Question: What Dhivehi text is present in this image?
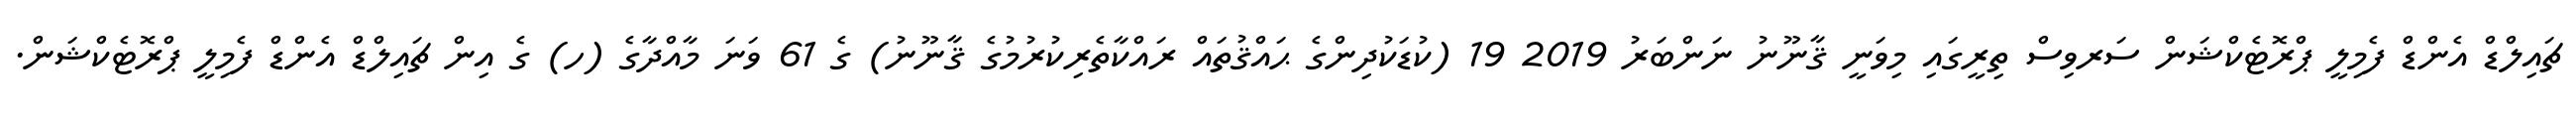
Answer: ޗައިލްޑް އެންޑް ފެމިލީ ޕްރޮޓެކްޝަން ސަރވިސް ތިރީގައި މިވަނީ ޤާނޫނު ނަންބަރު 2019 19 (ކުޑަކުދިންގެ ޙައްޤުތައް ރައްކާތެރިކުރުމުގެ ޤާނޫނު) ގެ 61 ވަނަ މާއްދާގެ (ހ) ގެ އިން ޗައިލްޑް އެންޑް ފެމިލީ ޕްރޮޓެކްޝަން.